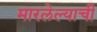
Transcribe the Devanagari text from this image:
मारलेल्याची